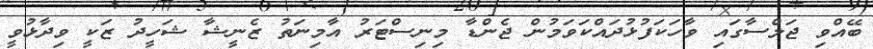
ބޭއްވި ޖަލްސާގައި ވާހަކަފުޅުދައްކަވަމުން ޖެންޑާ މިނިސްޓަރު އާމިނަތު ޒެނީޝާ ޝަހީދު ޒަކީ ވިދާޅުވީ